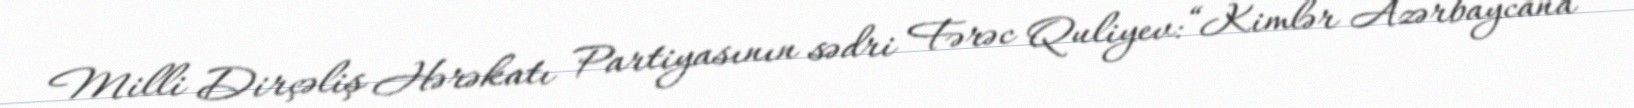
Milli Dirçəliş Hərəkatı Partiyasının sədri Fərəc Quliyev: “Kimlər Azərbaycana